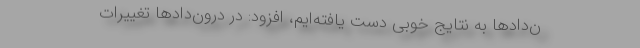
ن‌دادها به نتایج خوبی دست یافته‌ایم، افزود: در درون‌دادها تغییرات